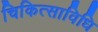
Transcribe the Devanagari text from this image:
चिकित्साविधि